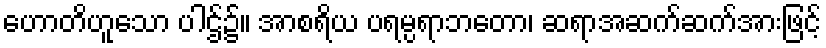
ဟောတိဟူသော ပါဌ်၌။ အာစရိယ ပရမ္ပရာဘတော၊ ဆရာအဆက်ဆက်အားဖြင့်